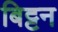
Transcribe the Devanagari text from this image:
बिट्टन